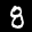
Digit: 8